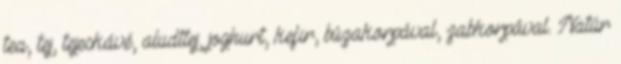
tea, tej, tejeskávé, aludttej, joghurt, kefir, búzakorpával, zabkorpával. Natúr